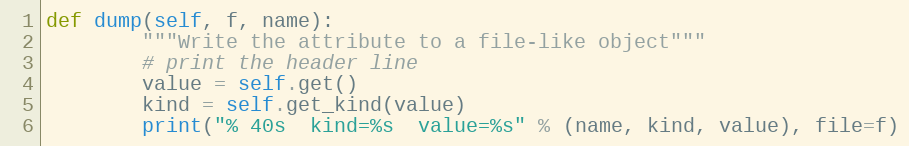
Language: Python
def dump(self, f, name):
        """Write the attribute to a file-like object"""
        # print the header line
        value = self.get()
        kind = self.get_kind(value)
        print("% 40s  kind=%s  value=%s" % (name, kind, value), file=f)